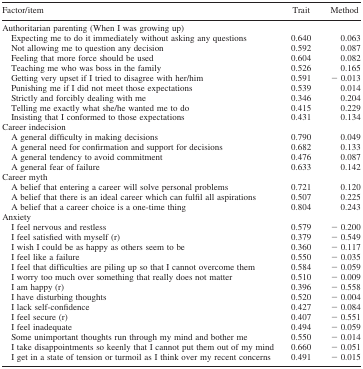
<table><thead><tr><td><b>Factor/item</b></td><td><b>Trait</b></td><td><b>Method</b></td></tr></thead><tbody><tr><td colspan="3">Authoritarian parenting (When I was growing up)</td></tr><tr><td> Expecting me to do it immediately without asking any questions</td><td>0.640</td><td>0.063</td></tr><tr><td> Not allowing me to question any decision</td><td>0.592</td><td>0.087</td></tr><tr><td> Feeling that more force should be used</td><td>0.604</td><td>0.082</td></tr><tr><td> Teaching me who was boss in the family</td><td>0.526</td><td>0.165</td></tr><tr><td> Getting very upset if I tried to disagree with her/him</td><td>0.591</td><td> − 0.013</td></tr><tr><td> Punishing me if I did not meet those expectations</td><td>0.539</td><td>0.014</td></tr><tr><td> Strictly and forcibly dealing with me</td><td>0.346</td><td>0.204</td></tr><tr><td> Telling me exactly what she/he wanted me to do</td><td>0.415</td><td>0.229</td></tr><tr><td> Insisting that I conformed to those expectations</td><td>0.431</td><td>0.134</td></tr><tr><td colspan="3">Career indecision</td></tr><tr><td> A general difficulty in making decisions</td><td>0.790</td><td>0.049</td></tr><tr><td> A general need for confirmation and support for decisions</td><td>0.682</td><td>0.133</td></tr><tr><td> A general tendency to avoid commitment</td><td>0.476</td><td>0.087</td></tr><tr><td> A general fear of failure</td><td>0.633</td><td>0.142</td></tr><tr><td colspan="3">Career myth</td></tr><tr><td> A belief that entering a career will solve personal problems</td><td>0.721</td><td>0.120</td></tr><tr><td> A belief that there is an ideal career which can fulfil all aspirations</td><td>0.507</td><td>0.225</td></tr><tr><td> A belief that a career choice is a one-time thing</td><td>0.804</td><td>0.243</td></tr><tr><td colspan="3">Anxiety</td></tr><tr><td> I feel nervous and restless</td><td>0.579</td><td> − 0.200</td></tr><tr><td> I feel satisfied with myself (r)</td><td>0.379</td><td> − 0.549</td></tr><tr><td> I wish I could be as happy as others seem to be</td><td>0.360</td><td> − 0.117</td></tr><tr><td> I feel like a failure</td><td>0.550</td><td> − 0.035</td></tr><tr><td> I feel that difficulties are piling up so that I cannot overcome them</td><td>0.584</td><td> − 0.059</td></tr><tr><td> I worry too much over something that really does not matter</td><td>0.510</td><td> − 0.009</td></tr><tr><td> I am happy (r)</td><td>0.396</td><td> − 0.558</td></tr><tr><td> I have disturbing thoughts</td><td>0.520</td><td> − 0.004</td></tr><tr><td> I lack self-confidence</td><td>0.427</td><td> − 0.084</td></tr><tr><td> I feel secure (r)</td><td>0.407</td><td> − 0.551</td></tr><tr><td> I feel inadequate</td><td>0.494</td><td> − 0.059</td></tr><tr><td> Some unimportant thoughts run through my mind and bother me</td><td>0.550</td><td> − 0.014</td></tr><tr><td> I take disappointments so keenly that I cannot put them out of my mind</td><td>0.660</td><td> − 0.051</td></tr><tr><td> I get in a state of tension or turmoil as I think over my recent concerns</td><td>0.491</td><td> − 0.015</td></tr></tbody></table>